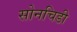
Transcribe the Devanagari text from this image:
सोनचिडी